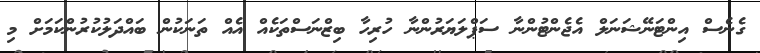
ގެނެސް އިންޓަނޭޝަނަލް އެޖެންޓުންނާ ސަޕްލަޔަރުންނާ ހުރިހާ ބިޒްނަސްތަކެއް އެއް ތަނަކުން ބައްދަލުކުރުންކަމަށް މި